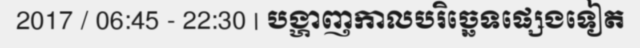
2017 / 06:45 - 22:30 | បង្ហាញកាលបរិច្ឆេទផ្សេងទៀត